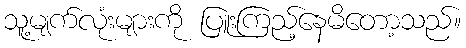
သူ့မျက်လုံးများကို ပြူးကြည့်နေမိတော့သည်။